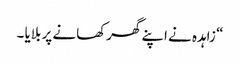
“ زاہدہ نے اپنے گھرکھانے پر بلایا ۔